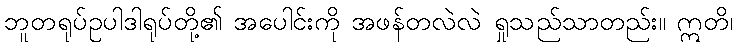
ဘူတရုပ်ဥပါဒါရုပ်တို့၏ အပေါင်းကို အဖန်တလဲလဲ ရှုသည်သာတည်း။ ဣတိ၊